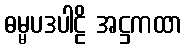
ဓမ္မပဒပါဠိ အဋ္ဌကထာ